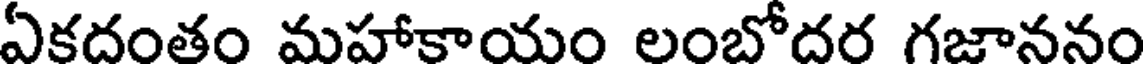
ఏకదంతం మహాకాయం లంబోదర గజాననం